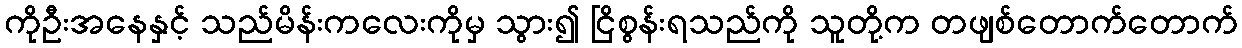
ကိုဦးအနေနှင့် သည်မိန်းကလေးကိုမှ သွား၍ ငြိစွန်းရသည်ကို သူတို့က တဖျစ်တောက်တောက်